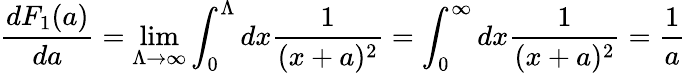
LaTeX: \frac{dF_{1}(a)}{da}=\operatorname*{lim}_{\Lambda\rightarrow\infty}\int_{0}^{\Lambda}dx\frac 1{(x+a)^{2}}=\int_{0}^{\infty}dx\frac 1{(x+a)^{2}}=\frac 1a